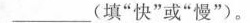
___(填”快”或”慢”)。